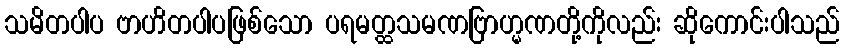
သမိတပါပ ဗာဟိတပါပဖြစ်သော ပရမတ္ထသမဏဗြာဟ္မဏတို့ကိုလည်း ဆိုကောင်းပါသည်